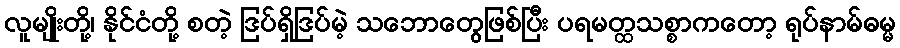
လူမျိုးတို့၊ နိုင်ငံတို့ စတဲ့ ဒြပ်ရှိဒြပ်မဲ့ သဘောတွေဖြစ်ပြီး ပရမတ္ထသစ္စာကတော့ ရုပ်နာမ်ဓမ္မ